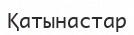
Қатынастар